65_HS1-834228961_62-HQ-83894_Section_6
Agency: FBI
Page 77
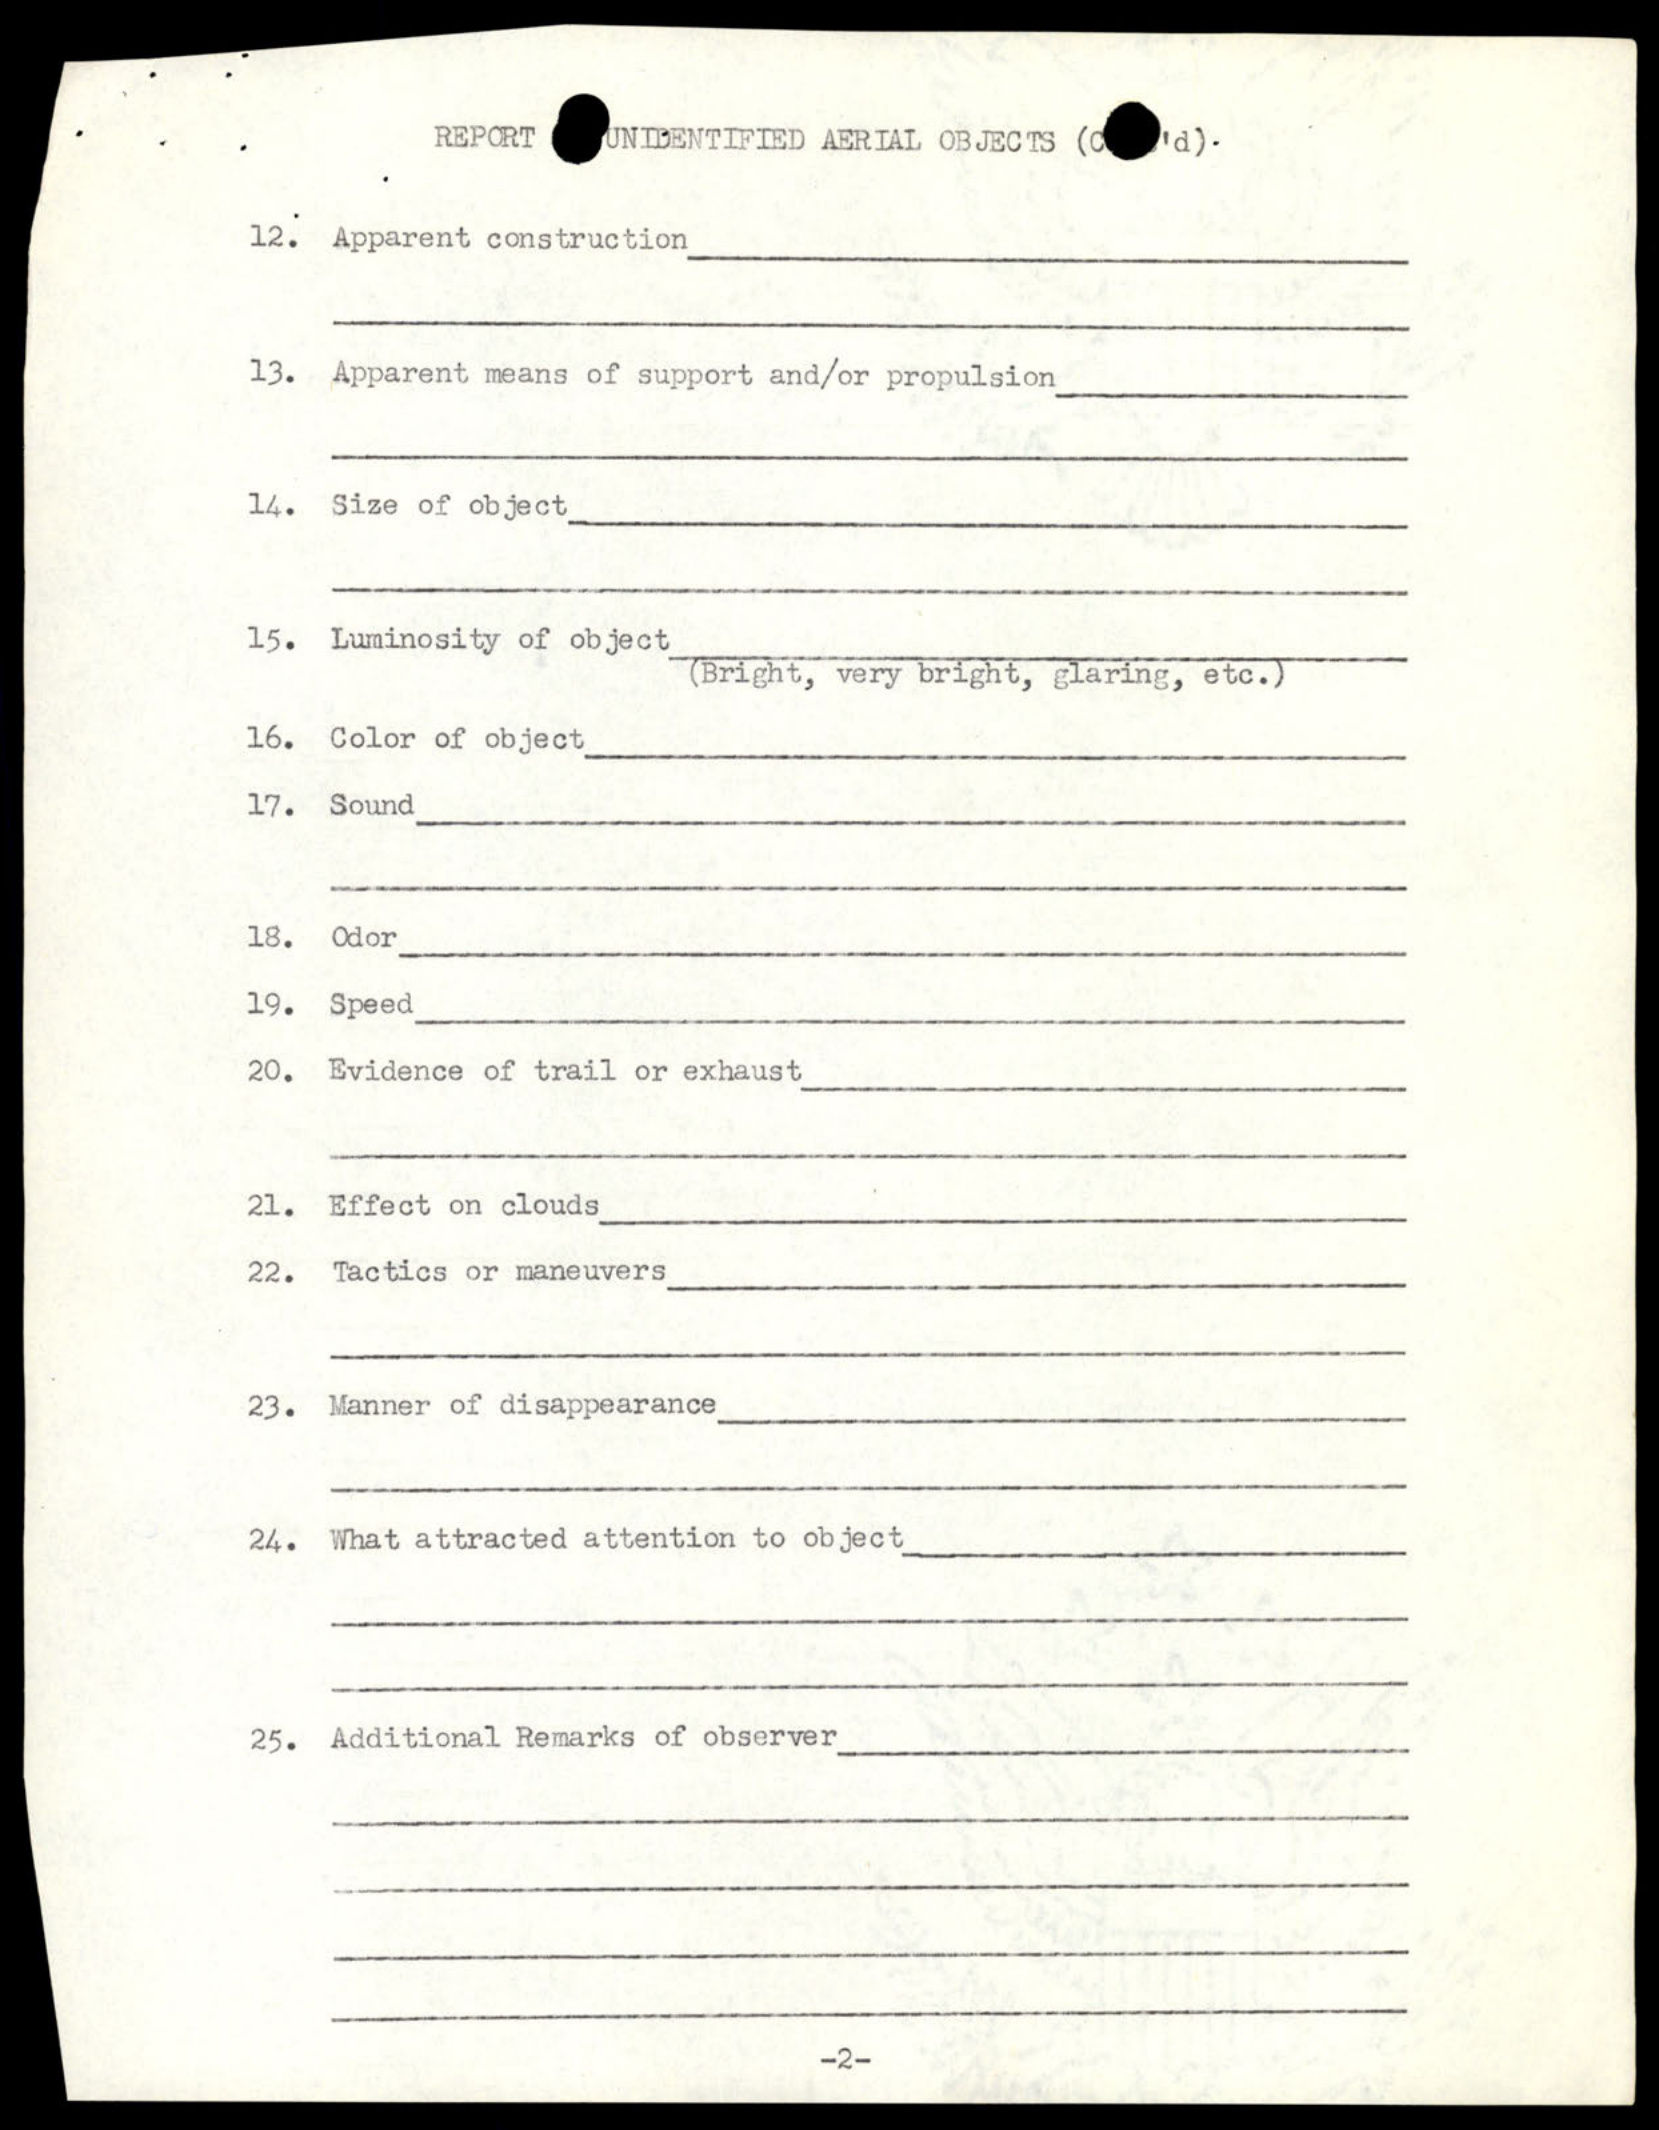